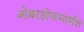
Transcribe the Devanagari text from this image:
ओबरहोफमार्शल